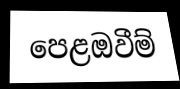
පෙළඔවීම්